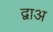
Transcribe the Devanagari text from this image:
द्वाअ